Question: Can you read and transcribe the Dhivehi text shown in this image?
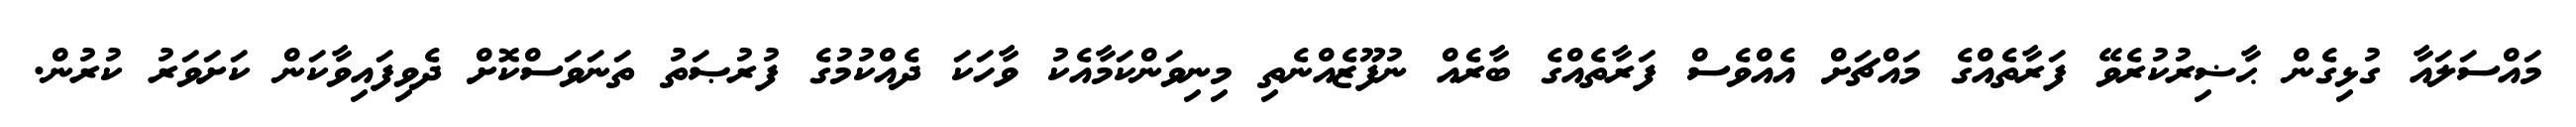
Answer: މައްސަލައާ ގުޅިގެން ޙާޟިރުކުރެވޭ ފަރާތެއްގެ މައްޗަށް އެއްވެސް ފަރާތެއްގެ ބާރެއް ނުފޫޒެއްނެތި މިނިވަންކަމާއެކު ވާހަކަ ދެއްކުމުގެ ފުރުޞަތު ތަނަވަސްކޮށް ދެވިފައިވާކަން ކަށަވަރު ކުރުން.